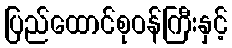
ပြည်ထောင်စုဝန်ကြီးနှင့်